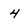
Character: 4